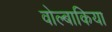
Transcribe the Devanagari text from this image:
वोल्बाकिया